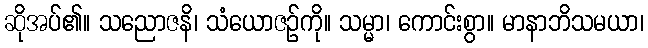
ဆိုအပ်၏။ သညောဇနိ၊ သံယောဇဉ်ကို။ သမ္မာ၊ ကောင်းစွာ။ မာနာဘိသမယာ၊